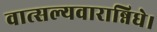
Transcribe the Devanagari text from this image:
वात्सल्यवारान्निधे।